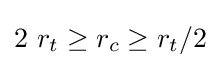
2~r_{t}\geq r_{c}\geq r_{t}/2